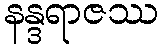
နန္ဒရာဇဿ